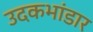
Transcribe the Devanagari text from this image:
उदकभांडार